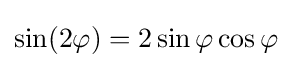
\sin(2\varphi )=2\sin \varphi \cos \varphi